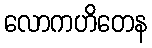
လောကဟိတေန